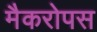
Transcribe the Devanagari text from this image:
मैकरोपस